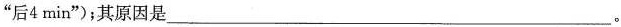
”后4min”)；其原因是______。